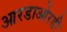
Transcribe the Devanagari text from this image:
आरडाओरडी